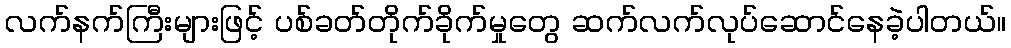
လက်နက်ကြီးများဖြင့် ပစ်ခတ်တိုက်ခိုက်မှုတွေ ဆက်လက်လုပ်ဆောင်နေခဲ့ပါတယ်။